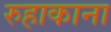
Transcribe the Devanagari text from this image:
रुहाकाना